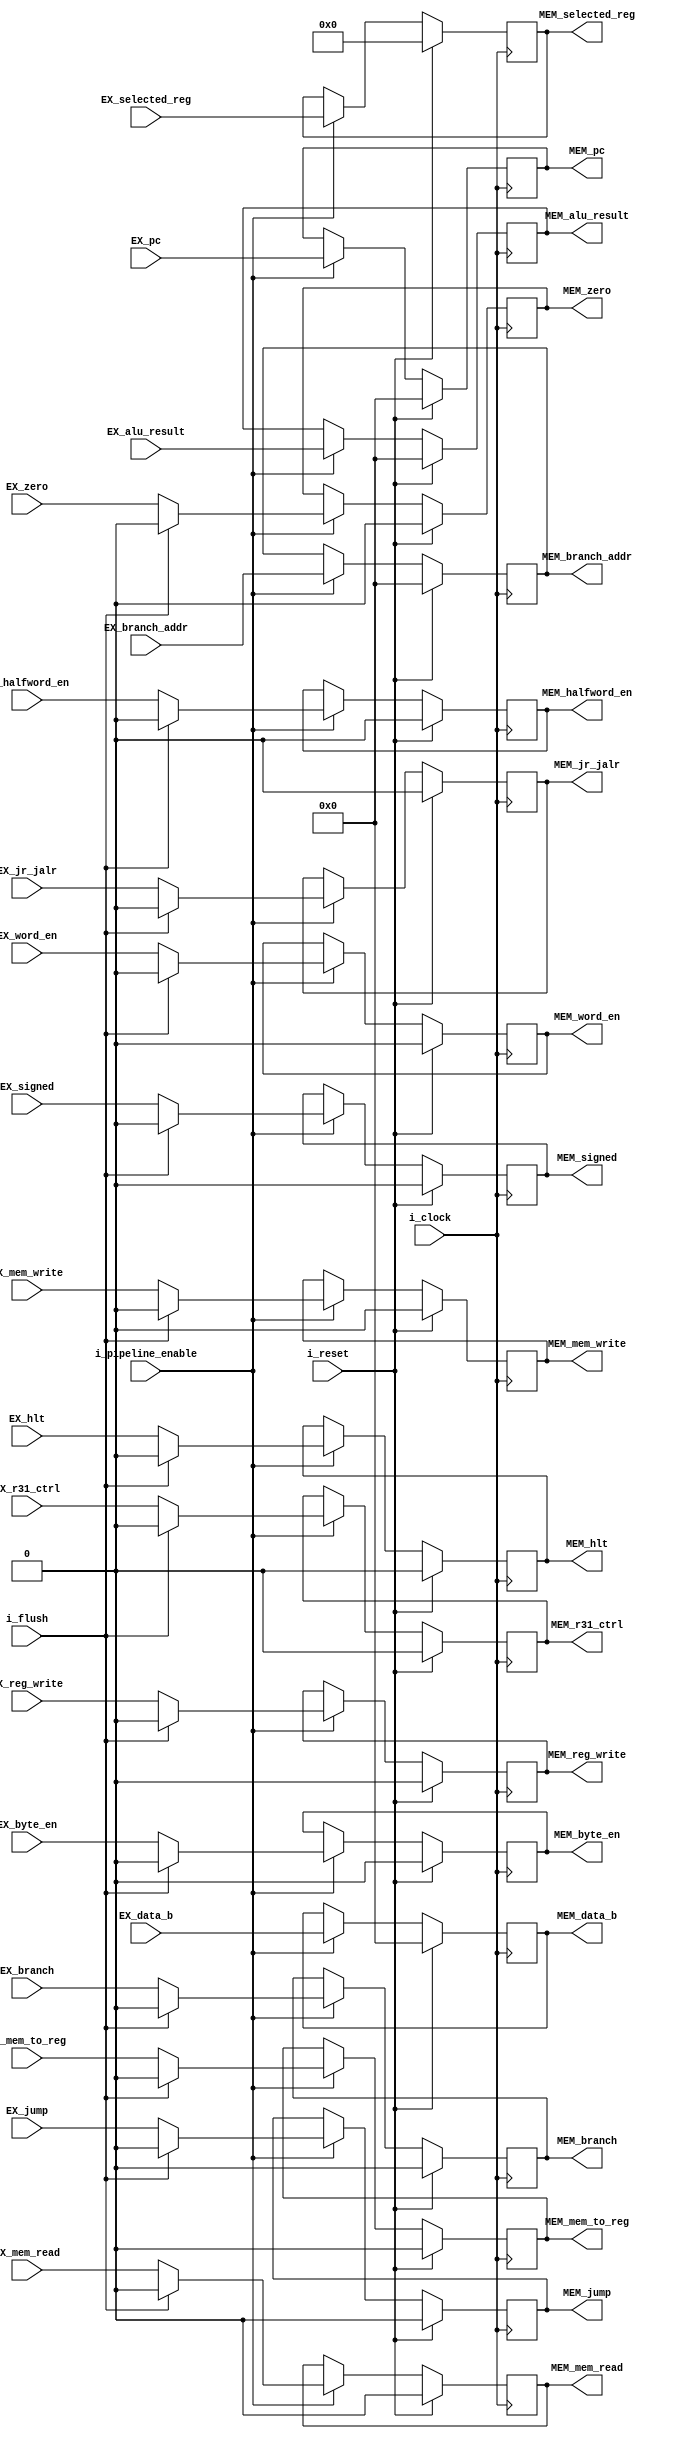
`timescale 1ns / 1ps

module EX_MEM_reg#(
        parameter NB_PC       = 32,
        parameter NB_REG      = 5
    )
    (
        input                   i_clock,
        input                   i_reset,
        input                   i_pipeline_enable, // DEBUG UNIT
        input                   i_flush,           // STALL UNIT :  1 -> Flush control signals 0 -> !flush
        input                   EX_signed,
        input                   EX_reg_write,
        input                   EX_mem_to_reg,
        input                   EX_mem_read,
        input                   EX_mem_write,
        input                   EX_branch,
        input [NB_PC-1:0]       EX_branch_addr,
        input                   EX_zero,
        input [NB_PC-1:0]       EX_alu_result,
        input [NB_PC-1:0]       EX_data_b,
        input [NB_REG-1:0]      EX_selected_reg,
        input                   EX_byte_en,
        input                   EX_halfword_en,
        input                   EX_word_en,
        input                   EX_r31_ctrl,
        input [NB_PC-1:0]       EX_pc,
        input                   EX_hlt,
        input                   EX_jump,
        input                   EX_jr_jalr,

        output                  MEM_signed,
        output                  MEM_reg_write,
        output                  MEM_mem_to_reg,
        output                  MEM_mem_read,
        output                  MEM_mem_write,
        output                  MEM_branch,
        output [NB_PC-1:0]      MEM_branch_addr,
        output                  MEM_zero,
        output [NB_PC-1:0]      MEM_alu_result,
        output [NB_PC-1:0]      MEM_data_b,
        output [NB_REG-1:0]     MEM_selected_reg,
        output                  MEM_byte_en,
        output                  MEM_halfword_en,
        output                  MEM_word_en,
        output                  MEM_r31_ctrl,
        output [NB_PC-1:0]      MEM_pc,
        output                  MEM_hlt,
        output                  MEM_jump,
        output                  MEM_jr_jalr
    );
    
    reg                 signed_flag;
    reg                 reg_write;
    reg                 mem_to_reg;
    reg                 mem_read;
    reg                 mem_write;
    reg                 branch;
    reg [NB_PC-1:0]     branch_addr;
    reg                 zero;
    reg [NB_PC-1:0]     alu_result;
    reg [NB_PC-1:0]     data_b;
    reg [NB_REG-1:0]    selected_reg;
    reg                 byte_en;
    reg                 halfword_en;
    reg                 word_en;
    reg                 r31_ctrl;
    reg [NB_PC-1:0]     pc;  
    reg                 hlt;
    reg                 jump;
    reg                 jr_jalr;

    always @(negedge i_clock) begin
        if(i_reset) begin
            signed_flag  <= 1'b0;
            reg_write    <= 1'b0;
            mem_to_reg   <= 1'b0;
            mem_read     <= 1'b0;
            mem_write    <= 1'b0;
            branch       <= 1'b0;
            branch_addr  <= 32'b0;
            zero         <= 1'b0;
            alu_result   <= 32'b0;
            data_b       <= 32'b0;
            selected_reg <= 5'b0;
            byte_en      <= 1'b0;
            halfword_en  <= 1'b0;
            word_en      <= 1'b0;
            r31_ctrl     <= 1'b0;
            pc           <= 32'b0;
            hlt          <= 1'b0;
            jump         <= 1'b0;
            jr_jalr      <= 1'b0;
        end
        else begin
            if(i_pipeline_enable) begin
                if(i_flush)begin
                    signed_flag  <= 1'b0;
                    reg_write    <= 1'b0;
                    mem_to_reg   <= 1'b0;
                    mem_read     <= 1'b0;
                    mem_write    <= 1'b0;
                    branch       <= 1'b0;
                    branch_addr  <= EX_branch_addr;
                    zero         <= 1'b0;
                    alu_result   <= EX_alu_result;
                    data_b       <= EX_data_b;
                    selected_reg <= EX_selected_reg;
                    byte_en      <= 1'b0;
                    halfword_en  <= 1'b0;
                    word_en      <= 1'b0;
                    r31_ctrl     <= 1'b0;
                    pc           <= EX_pc;
                    hlt          <= 1'b0;
                    jump         <= 1'b0;
                    jr_jalr      <= 1'b0;
                end
                else begin
                    signed_flag     <= EX_signed;
                    reg_write       <= EX_reg_write;
                    mem_to_reg      <= EX_mem_to_reg;
                    mem_read        <= EX_mem_read;
                    mem_write       <= EX_mem_write;
                    branch          <= EX_branch;
                    branch_addr     <= EX_branch_addr;
                    zero            <= EX_zero;
                    alu_result      <= EX_alu_result;
                    data_b          <= EX_data_b;
                    selected_reg    <= EX_selected_reg;
                    byte_en         <= EX_byte_en;
                    halfword_en     <= EX_halfword_en;
                    word_en         <= EX_word_en;
                    r31_ctrl        <= EX_r31_ctrl;
                    pc              <= EX_pc;
                    hlt             <= EX_hlt;
                    jump            <= EX_jump;
                    jr_jalr         <= EX_jr_jalr;
                end
            end
            else begin
                signed_flag     <= signed_flag;
                reg_write       <= reg_write;
                mem_to_reg      <= mem_to_reg;
                mem_read        <= mem_read;
                mem_write       <= mem_write;
                branch          <= branch;
                branch_addr     <= branch_addr;
                zero            <= zero;
                alu_result      <= alu_result;
                data_b          <= data_b;
                selected_reg    <= selected_reg;
                byte_en         <= byte_en;
                halfword_en     <= halfword_en;
                word_en         <= word_en;
                r31_ctrl        <= r31_ctrl;
                pc              <= pc;
                hlt             <= hlt;
                jump            <= jump;
                jr_jalr         <= jr_jalr;
            end
        end
    end

    assign MEM_signed       = signed_flag;
    assign MEM_reg_write    = reg_write;
    assign MEM_mem_to_reg   = mem_to_reg;
    assign MEM_mem_read     = mem_read;
    assign MEM_mem_write    = mem_write;
    assign MEM_branch       = branch;
    assign MEM_branch_addr  = branch_addr;
    assign MEM_zero         = zero;
    assign MEM_alu_result   = alu_result;
    assign MEM_data_b       = data_b;
    assign MEM_selected_reg = selected_reg;
    assign MEM_byte_en      = byte_en;
    assign MEM_halfword_en  = halfword_en;
    assign MEM_word_en      = word_en;
    assign MEM_r31_ctrl     = r31_ctrl;
    assign MEM_pc           = pc;
    assign MEM_hlt          = hlt;
    assign MEM_jump         = jump;
    assign MEM_jr_jalr      = jr_jalr;
    
endmodule